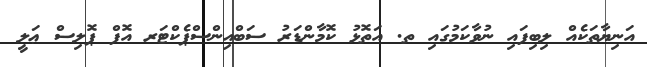
އަނިޔާތަކެއް ލިބިފައި ނުވާކަމުގައި ތ. އަތޮޅު ކޮމާންޑަރު ސަބްއިންސްޕެކްޓަރ އޮފް ޕޮލިސް ޢަލީ